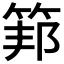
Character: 𥮇